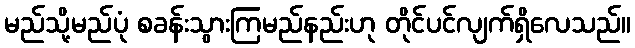
မည်သို့မည်ပုံ စခန်းသွားကြမည်နည်းဟု တိုင်ပင်လျက်ရှိလေသည်။